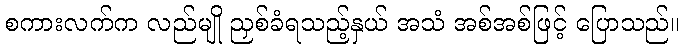
စကားလက်က လည်မျို ညှစ်ခံရသည့်နှယ် အသံ အစ်အစ်ဖြင့် ပြောသည်။